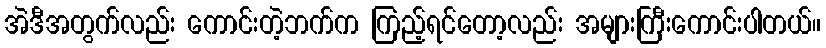
အဲဒီအတွက်လည်း ကောင်းတဲ့ဘက်က ကြည့်ရင်တော့လည်း အများကြီးကောင်းပါတယ်။